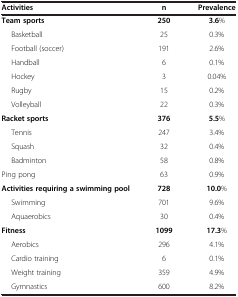
| Activities | n | Prevalence |
 | --- | --- | --- |
 | Team sports | 250 | 3.6% |
 | Basketball | 25 | 0.3% |
 | Football (soccer) | 191 | 2.6% |
 | Handball | 6 | 0.1% |
 | Hockey | 3 | 0.04% |
 | Rugby | 15 | 0.2% |
 | Volleyball | 22 | 0.3% |
 | Racket sports | 376 | 5.5% |
 | Tennis | 247 | 3.4% |
 | Squash | 32 | 0.4% |
 | Badminton | 58 | 0.8% |
 | Ping pong | 63 | 0.9% |
 | Activities requiring a swimming pool | 728 | 10.0% |
 | Swimming | 701 | 9.6% |
 | Aquaerobics | 30 | 0.4% |
 | Fitness | 1099 | 17.3% |
 | Aerobics | 296 | 4.1% |
 | Cardio training | 6 | 0.1% |
 | Weight training | 359 | 4.9% |
 | Gymnastics | 600 | 8.2% |